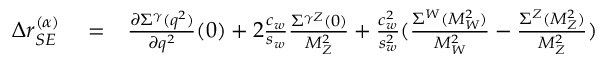
\begin{array} { r l r } { \Delta r _ { S E } ^ { ( \alpha ) } } & { { } = } & { \frac { \partial \Sigma ^ { \gamma } ( q ^ { 2 } ) } { \partial q ^ { 2 } } ( 0 ) + 2 \frac { c _ { w } } { s _ { w } } \frac { \Sigma ^ { \gamma Z } ( 0 ) } { M _ { Z } ^ { 2 } } + \frac { c _ { w } ^ { 2 } } { s _ { w } ^ { 2 } } ( \frac { \Sigma ^ { W } ( M _ { W } ^ { 2 } ) } { M _ { W } ^ { 2 } } - \frac { \Sigma ^ { Z } ( M _ { Z } ^ { 2 } ) } { M _ { Z } ^ { 2 } } ) } \end{array}